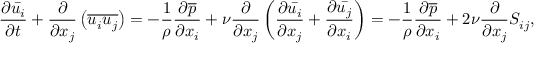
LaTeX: { \frac { \partial { \bar { u _ { i } } } } { \partial t } } + { \frac { \partial } { \partial x _ { j } } } \left( { \overline { { u _ { i } u _ { j } } } } \right) = - { \frac { 1 } { \rho } } { \frac { \partial { \overline { { p } } } } { \partial x _ { i } } } + \nu { \frac { \partial } { \partial x _ { j } } } \left( { \frac { \partial { \bar { u _ { i } } } } { \partial x _ { j } } } + { \frac { \partial { \bar { u _ { j } } } } { \partial x _ { i } } } \right) = - { \frac { 1 } { \rho } } { \frac { \partial { \overline { { p } } } } { \partial x _ { i } } } + 2 \nu { \frac { \partial } { \partial x _ { j } } } S _ { i j } ,